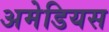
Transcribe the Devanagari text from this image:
अमेडियस